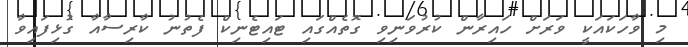
މި ވާހަކައަކީ ވަރަށް ހައިރާން ކުރުވަނިވި ގޮތެއްގައި ޓައިޓެނިކް ފެތުނު ކާރިސާއާ ގުޅިފައިވާ